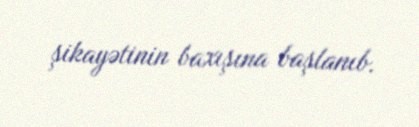
şikayətinin baxışına başlanıb.